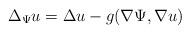
LaTeX: \begin{align*} \Delta_{\Psi} u = \Delta u - g(\nabla \Psi,\nabla u) \end{align*}